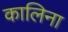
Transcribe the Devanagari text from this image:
कालिना